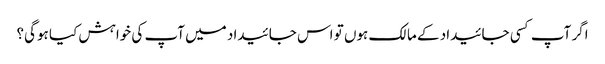
اگر آپ کسی جائیداد کے مالک ہوں تو اس جائیداد میں آپ کی خواہش کیا ہوگی؟